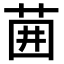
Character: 𫈁